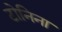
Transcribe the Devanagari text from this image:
टोनिना